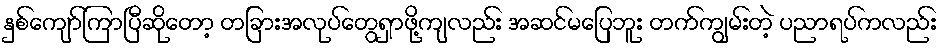
နှစ်ကျော်ကြာပြီဆိုတော့ တခြားအလုပ်တွေရှာဖို့ကျလည်း အဆင်မပြေဘူး တက်ကျွမ်းတဲ့ ပညာရပ်ကလည်း